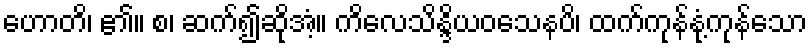
ဟောတိ၊ ၏။ စ၊ ဆက်၍ဆိုအံ့။ ကိလေသိန္ဒိယဝသေနပိ၊ ထက်ကုန်နုံ့ကုန်သော